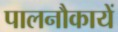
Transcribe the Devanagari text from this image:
पालनौकायें